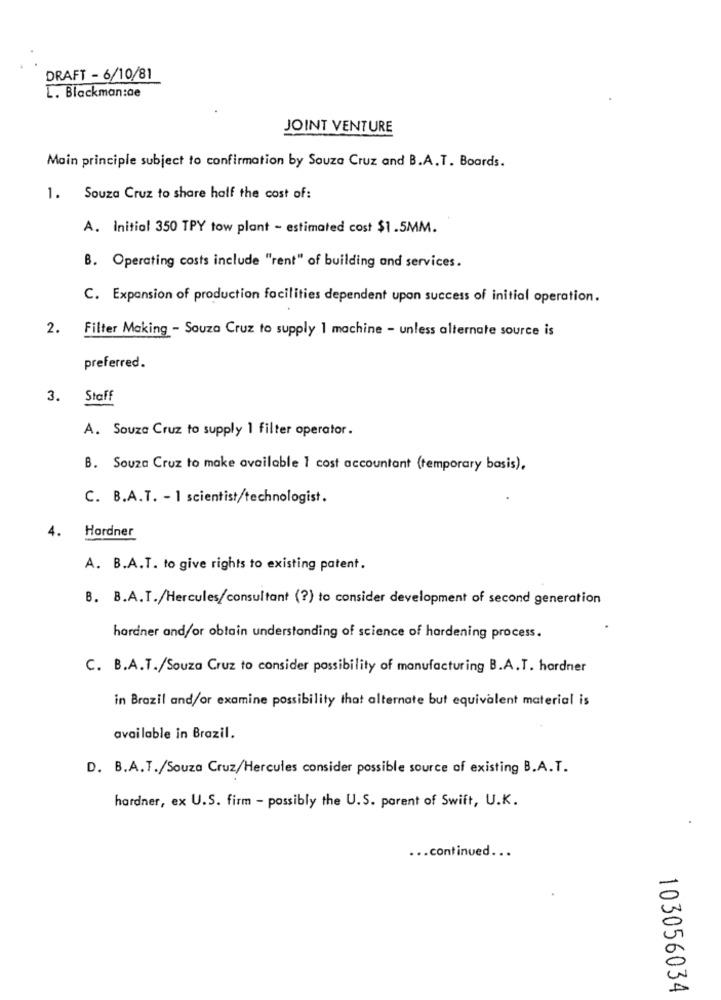
DRAFT - 6/10/81
L. Blackman:ae
JOINT VENTURE
Main principle subject to confirmation by Souza Cruz and B.A.T. Boards.
1. Souza Cruz to share half the cost of:
A. Initial 350 TPY tow plant - estimated cost $1.5MM.
B. Operating costs include "rent" of building and services.
C. Expansion of production facilities dependent upon success of initial operation.
2. Filter Making - Souza Cruz to supply 1 machine - unless alternate source is
preferred.
3. Staff
A. Souza Cruz to supply 1 filter operator.
B. Souza Cruz to make available 1 cost accountant (temporary basis).
C. B.A.T. - 1 scientist/technologist.
4. Hardner
A. B.A.T. to give rights to existing patent.
B. B.A.T./Hercules/consultant (?) to consider development of second generation
hardner and/or obtain understanding of science of hardening process.
C. B.A.T./Souza Cruz to consider possibility of manufacturing B.A.T. hardner
in Brazil and/or examine possibility that alternate but equivalent material is
available in Brazil.
D. B.A.T./Souza Cruz/Hercules consider possible source of existing B.A.T.
hardner, ex U.S. firm - possibly the U.S. parent of Swift, U.K.
... continued ...
103056034